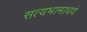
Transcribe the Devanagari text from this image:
सत्यभामाधवं